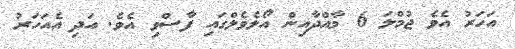
އަހަރު އެވެ ޖުމްލަ 6 މާއްދާއިން އޯލެވެލްގައި ފާސްވި އެވެ. އަދި އެއަހަރު